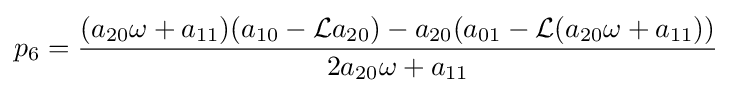
p_{6}={\frac {(a_{20}\omega +a_{11})(a_{10}-{\mathcal {L}}a_{20})-a_{20}(a_{01}-{\mathcal {L}}(a_{20}\omega +a_{11}))}{2a_{20}\omega +a_{11}}}